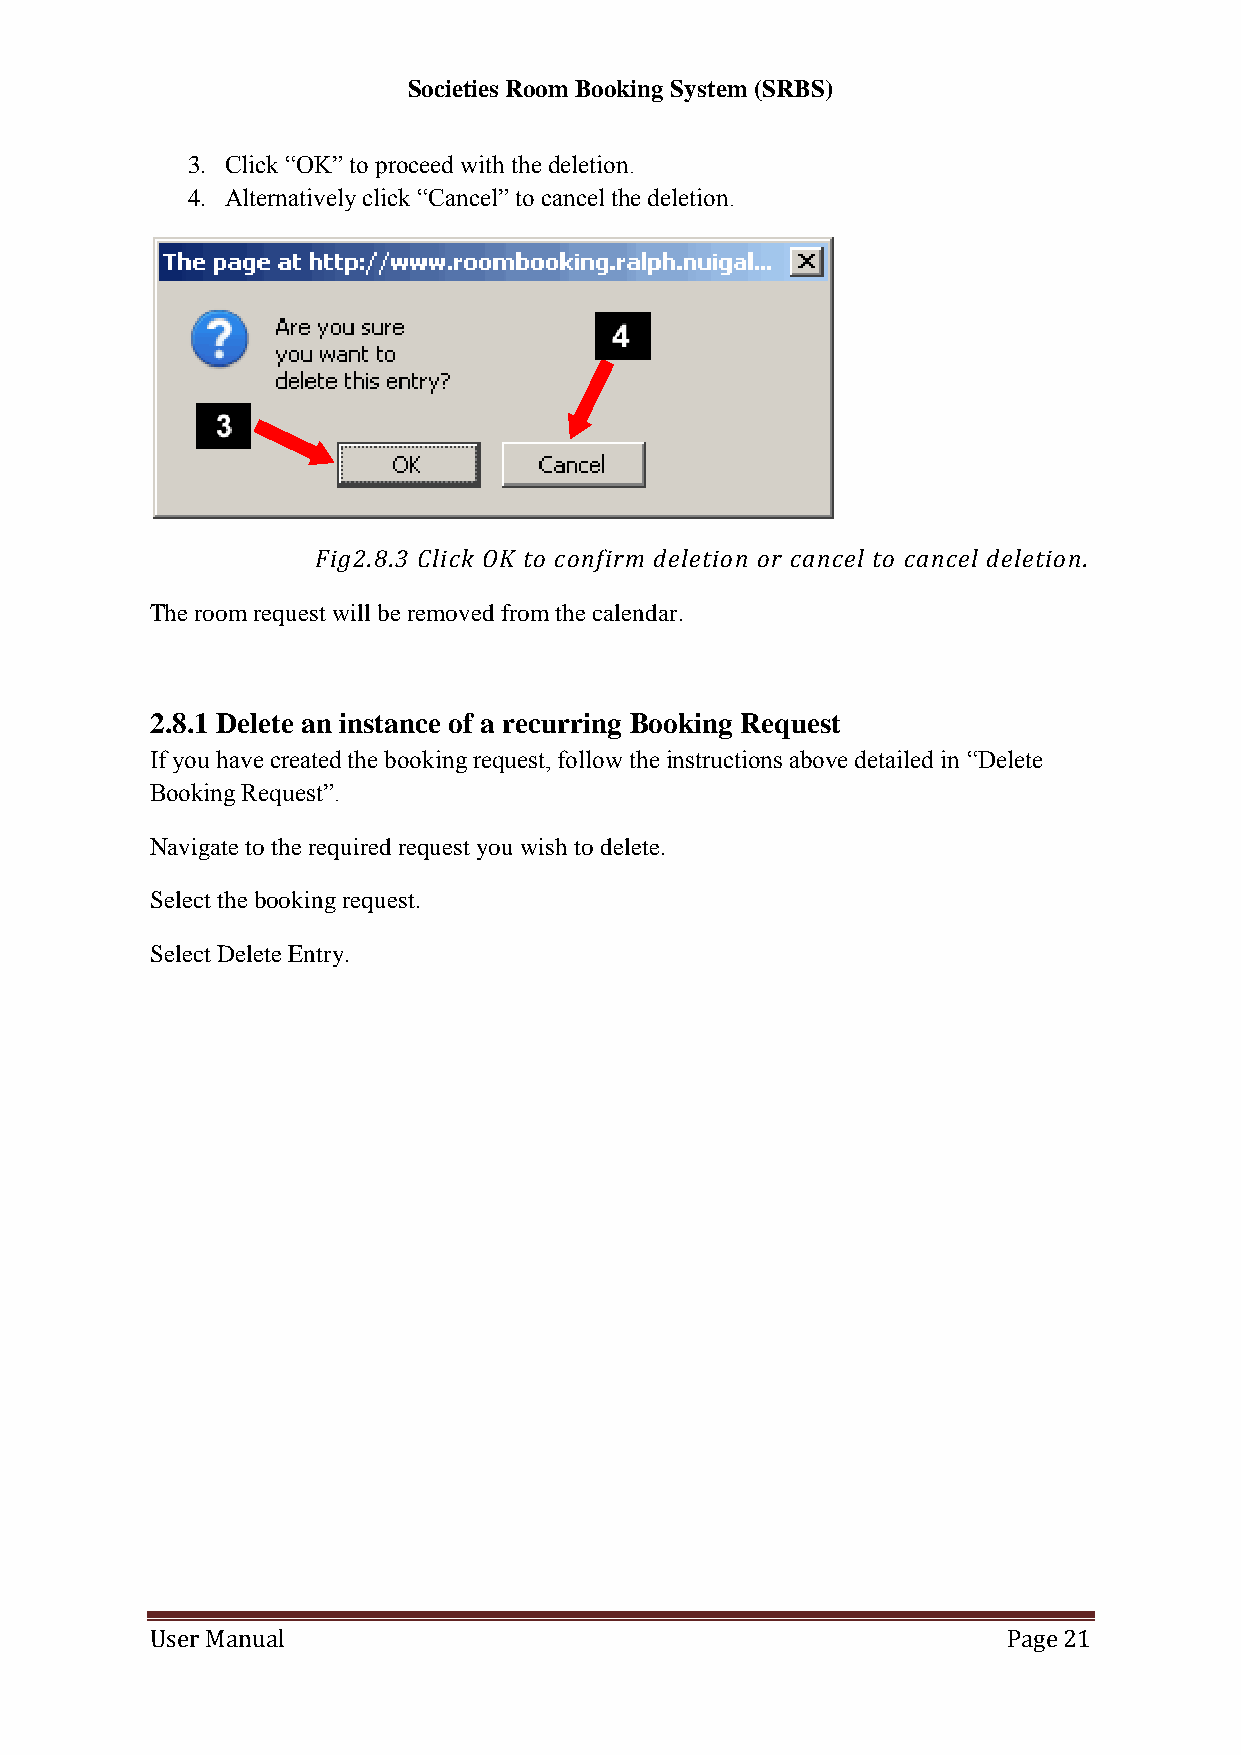
Societies Room Booking System (SRBS)
 3. Click “OK” to proceed with the deletion.
 4. Alternatively click “Cancel” to cancel the deletion.
 Fig2.8.3 Click OK to confirm deletion or cancel to cancel deletion.
 The room request will be removed from the calendar.
 2.8.1 Delete an instance of a recurring Booking Request
 If you have created the booking request, follow the instructions above detailed in “Delete
 Booking Request”.
 Navigate to the required request you wish to delete.
 Select the booking request.
 Select Delete Entry.
 User Manual                                              Page 21